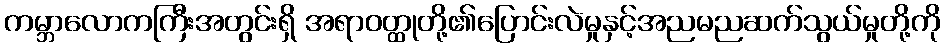
ကမ္ဘာလောကကြီးအတွင်းရှိ အရာဝတ္ထုတို့၏ပြောင်းလဲမှုနှင့်အညမညဆက်သွယ်မှုတို့ကို